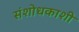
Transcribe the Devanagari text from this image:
संशोधकाशी